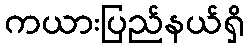
ကယားပြည်နယ်ရှိ